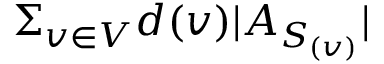
\Sigma _ { v \in V } d ( v ) | A _ { S _ { ( v ) } } |